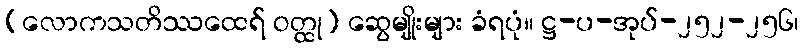
(လောကသတိဿထေရ် ဝတ္ထု) ဆွေမျိုးများ ခံရပုံ။ ဋ္ဌ-ပ-အုပ်-၂၅၂-၂၅၆၊